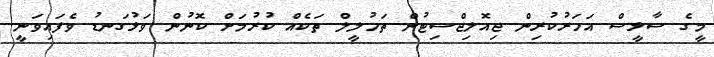
މީގެ ސާޅީސް އަހަރުކުރިން ޖިއޮލިޖްސިޓުން ތަހުލީލް ތަކެއް ކުރުމަށް ކޮނުން ވަޅުގަނޑު ވެފައިވަނީ